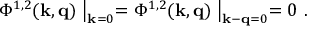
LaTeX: \Phi ^ { 1 , 2 } ( { \bf k } , { \bf q } ) \bigm | _ { { \bf k } = 0 } = \Phi ^ { 1 , 2 } ( { \bf k } , { \bf q } ) \bigm | _ { { \bf k } - { \bf q } = 0 } = 0 \ .